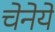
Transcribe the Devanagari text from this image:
चेनेये